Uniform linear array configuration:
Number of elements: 8
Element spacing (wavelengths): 0.25
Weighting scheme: blackman
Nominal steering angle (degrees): -15
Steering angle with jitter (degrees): -14.066
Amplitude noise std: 0.05
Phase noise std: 0.05

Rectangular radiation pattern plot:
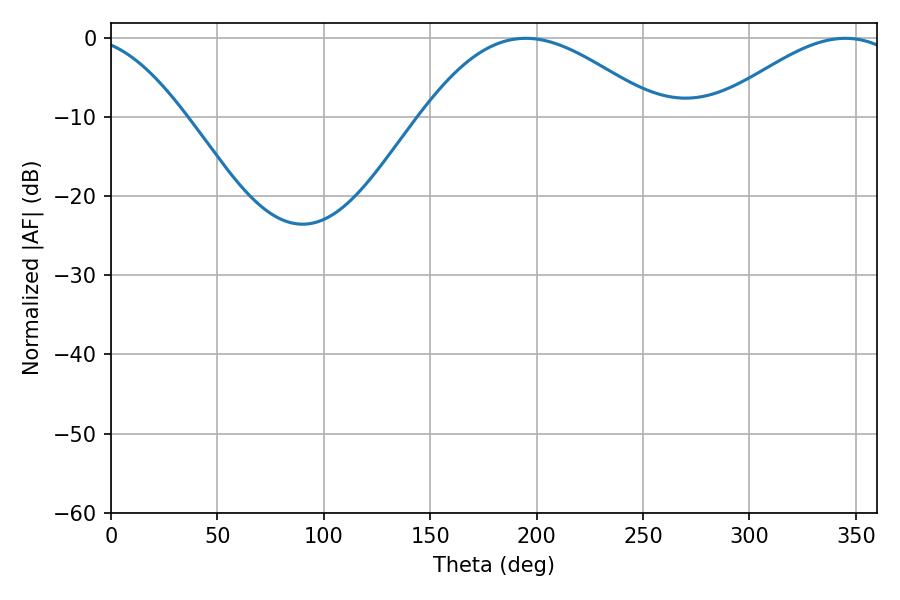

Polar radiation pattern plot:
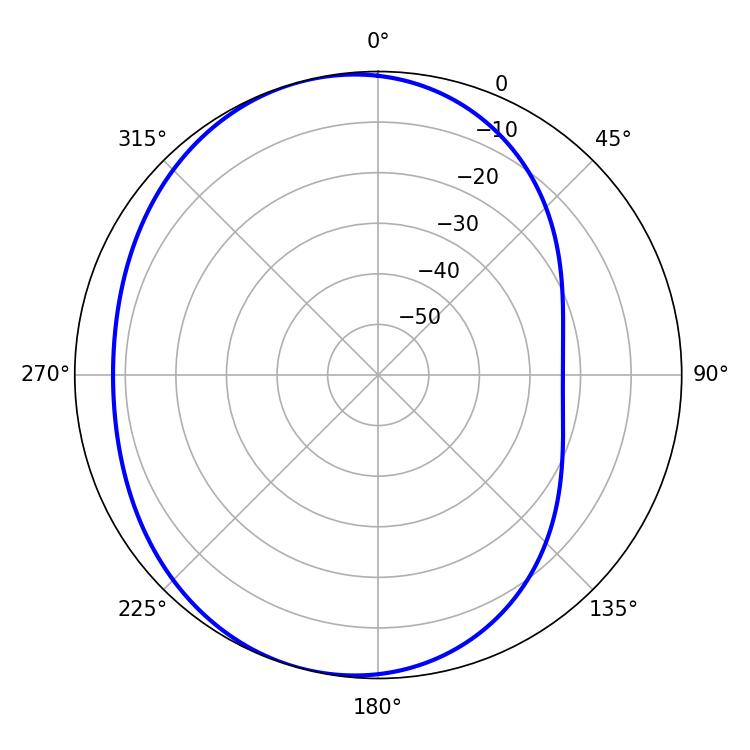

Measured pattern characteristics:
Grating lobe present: FALSE
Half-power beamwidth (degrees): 59.76
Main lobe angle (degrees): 194.94